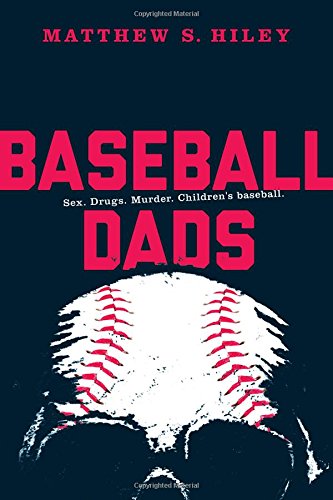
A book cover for Baseball Dads; Matthew S. Hiley; Literature & Fiction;